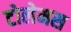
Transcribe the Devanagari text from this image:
टोलेमस